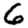
Digit: 6